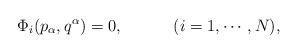
LaTeX: \begin{align*}\Phi_i (p_\alpha , q^\alpha ) = 0 , \hspace{.5in} (i= 1, \cdots,N),\end{align*}